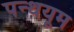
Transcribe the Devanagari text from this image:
पन्थयूम